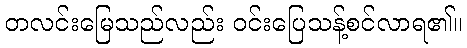
တလင်းမြေသည်လည်း ဝင်းပြေသန့်စင်လာရ၏။